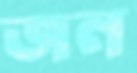
জন